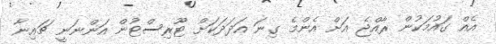
އެއް ގައުމަކުން ރާއްޖެ އަށް އެންމެ ގިނަ އަދަދަކަށް ޓޫރިސްޓުން އަންނަނީ ޗައިނާ